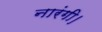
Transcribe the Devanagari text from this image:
नारंगी।